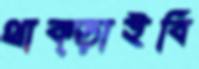
থাক্‌ড়াইবি